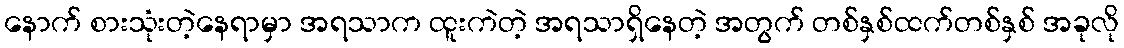
နောက် စားသုံးတဲ့နေရာမှာ အရသာက ထူးကဲတဲ့ အရသာရှိနေတဲ့ အတွက် တစ်နှစ်ထက်တစ်နှစ် အခုလို